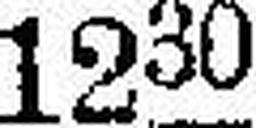
1230